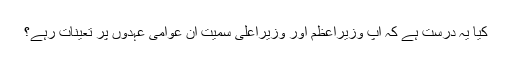
کیا یہ درست ہے کہ آپ وزیراعظم اور وزیراعلیٰ سمیت ان عوامی عہدوں پر تعینات رہے؟